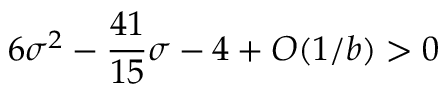
6 \sigma ^ { 2 } - { \frac { 4 1 } { 1 5 } } \sigma - 4 + O ( 1 / { { b } } ) > 0